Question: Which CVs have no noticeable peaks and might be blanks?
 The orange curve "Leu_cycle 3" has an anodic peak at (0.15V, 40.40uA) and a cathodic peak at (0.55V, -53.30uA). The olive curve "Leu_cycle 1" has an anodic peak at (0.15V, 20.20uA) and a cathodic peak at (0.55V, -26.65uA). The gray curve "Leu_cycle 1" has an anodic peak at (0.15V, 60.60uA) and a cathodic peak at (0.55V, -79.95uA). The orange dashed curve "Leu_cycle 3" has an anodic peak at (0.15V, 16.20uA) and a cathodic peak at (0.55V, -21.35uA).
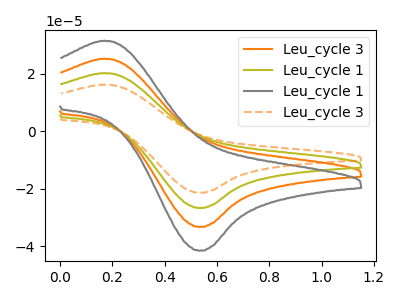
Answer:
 <answer>There are not any CV's on this graph that are likely to be blanks.</answer>
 <eval>none</eval>